Lunatic asylums Punjab 1881-1894 - 1881-1894
Year: 1881
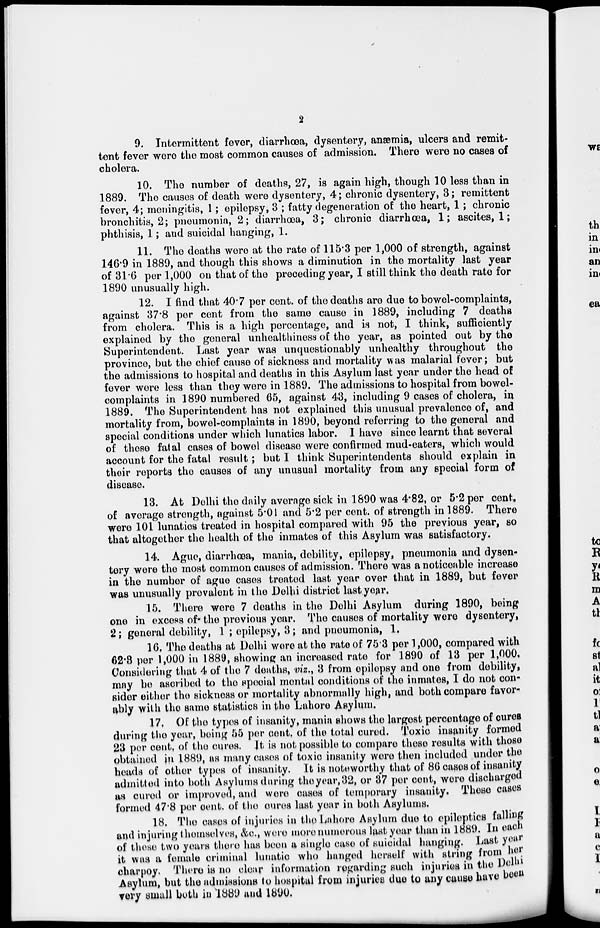
2
9. Intermittent fever, diarrhœa, dysentery, anæmia, ulcers and remit-
tent fever were the most common causes of admission. There were no cases of
cholera.
10. The number of deaths, 27, is again high, though 10 less than in
1889. The causes of death were dysentery, 4; chronic dysentery, 3; remittent
fever, 4; meningitis, 1 ; epilepsy, 3 ; fatty degeneration of the heart, 1; chronic
bronchitis, 2; pneumonia, 2; diarrhœa, 3; chronic diarrhœa, 1; ascites, 1;
phthisis, 1; and suicidal hanging, 1.
11. The deaths were at the rate of 115.3 per 1,000 of strength, against
146.9 in 1889, and though this shows a diminution in the mortality last year
of 31.6 per 1,000 on that of the preceding year, I still think the death rate for
1890 unusually high.
12. I find that 40.7 per cent. of the deaths are due to bowel-complaints,
against 37.8 per cent from the same cause in 1889, including 7 deaths
from cholera. This is a high percentage, and is not, I think, sufficiently
explained by the general unhealthiness of the year, as pointed out by the
Superintendent. Last year was unquestionably unhealthy throughout the
province, but the chief cause of sickness and mortality was malarial fever; but
the admissions to hospital and deaths in this Asylum last year under the head of
fever were less than they were in 1889. The admissions to hospital from bowel-
complaints in 1890 numbered 65, against 43, including 9 cases of cholera, in
1889. The Superintendent has not explained this unusual prevalence of, and
mortality from, bowel-complaints in 1890, beyond referring to the general and
special conditions under which lunatics labor. I have since learnt that several
of these fatal cases of bowel disease were confirmed mud-caters, which would
account for the fatal result; but I think Superintendents should explain in
their reports the causes of any unusual mortality from any special form of
disease.
13. At Delhi the daily average sick in 1890 was 4.82, or 5.2 per cent.
of average strength, against 5.01 and 5.2 per cent. of strength in 1889. There
were 101 lunatics treated in hospital compared with 95 the previous year, so
that altogether the health of the inmates of this Asylum was satisfactory.
14. Ague, diarrhœa, mania, debility, epilepsy, pneumonia and dysen-
tery were the most common causes of admission. There was a noticeable increase
in the number of ague cases treated last year over that in 1889, but fever
was unusually prevalent in the Delhi district last year.
15. There were 7 deaths in the Delhi Asylum during 1890, being
one in excess of the previous year. The causes of mortality were dysentery,
2; general debility, 1 ; epilepsy, 3; and pneumonia, 1.
16. The deaths at Delhi were at the rate of 75.3 per 1,000, compared with
62.3 per 1,000 in 1889, showing an increased rate for 1890 of 13 per 1,000,
Considering that 4 of the 7 deaths, viz., 3 from epilepsy and one from debility,
may be ascribed to the special mental conditions of the inmates, I do not con-
sider either the sickness or mortality abnormally high, and both compare favor-
ably with the same statistics in the Lahore Asylum.
17. Of the types of insanity, mania shows the largest percentage of cures
during the year, being 55 per cent, of the total cured. Toxic insanity formed
23 per cent, of the cures. It is not possible to compare these results with those
obtained in 1889, as many cases of toxic insanity were then included under the
heads of other types of insanity. It is noteworthy that of 86 cases of insanity
admitted into both Asylums during the year,32, or 37 per cent, were discharged
as cured or improved, and were cases of temporary insanity. These cases
formed 47.8 per cent. of the cures last year in both Asylums.
18. The cases of injuries in the Lahore Asylum due to epileptics falling
and injuring themselves, &c., were more numerous last year than in 1889. In each
of these two years there has been a single case of suicidal hanging. Last year
it was a female criminal lunatic who hanged herself with string from her
charpoy. There is no clear information regarding such injuries in the Delhi
Asylum, but the admissions to hospital from injuries due to any cause have been
very small both in 1889 and 1890.